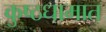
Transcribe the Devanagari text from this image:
कुष्ठधामात